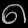
Digit: ၈